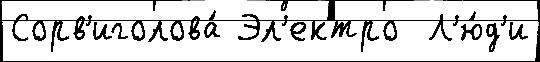
Сорв'иголова́ Эл'ектро  Л'ю́д'и